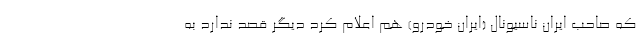
که صاحب ایران ناسیونال (ایران خودرو) هم اعلام کرد دیگر قصد ندارد به‌